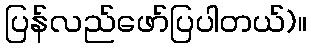
ပြန်လည်ဖော်ပြပါတယ်)။